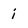
Character: i